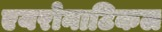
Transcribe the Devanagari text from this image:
एयरोनाटिकल